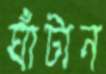
ঘাঁটান